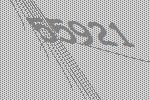
55921